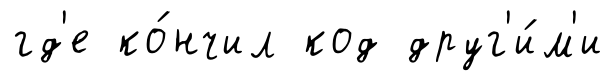
гд'е ко́нчил код друг'и́м'и